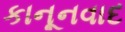
કાનૂનવાદ